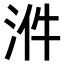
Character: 𣴓